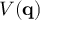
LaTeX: V ( \mathbf { q } )